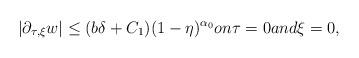
LaTeX: \begin{align*} |\partial_{\tau,\xi} w|\leq (b\delta+C_1) (1-\eta)^{\alpha_0}on\tau=0 and \xi=0,\end{align*}